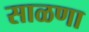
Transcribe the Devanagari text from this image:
साळणा